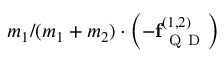
m _ { 1 } / ( m _ { 1 } + m _ { 2 } ) \cdot \left( - \mathbf { f } _ { \mathrm { ~ Q ~ D ~ } } ^ { ( 1 , 2 ) } \right)